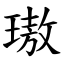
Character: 璈